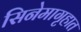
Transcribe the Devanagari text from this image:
सिनेमागृहात